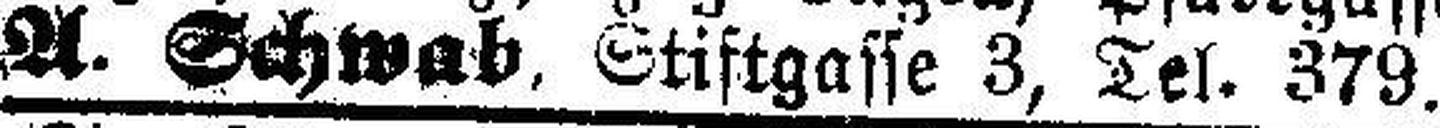
A. Schwab, Stiftgasse 3, Tel. 379.